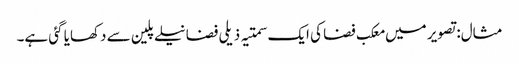
مثال: تصویر میں معکب فضا کی ایک سمتیہ ذیلی فضا نیلے پلین سے دکھایا گئی ہے۔